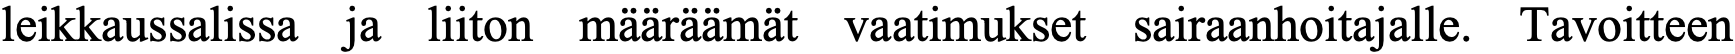
leikkaussalissa ja liiton määräämät vaatimukset sairaanhoitajalle. Tavoitteen